Civil Veterinary Department. United Provinces 1912-22 - 1912-1922
Year: 1912
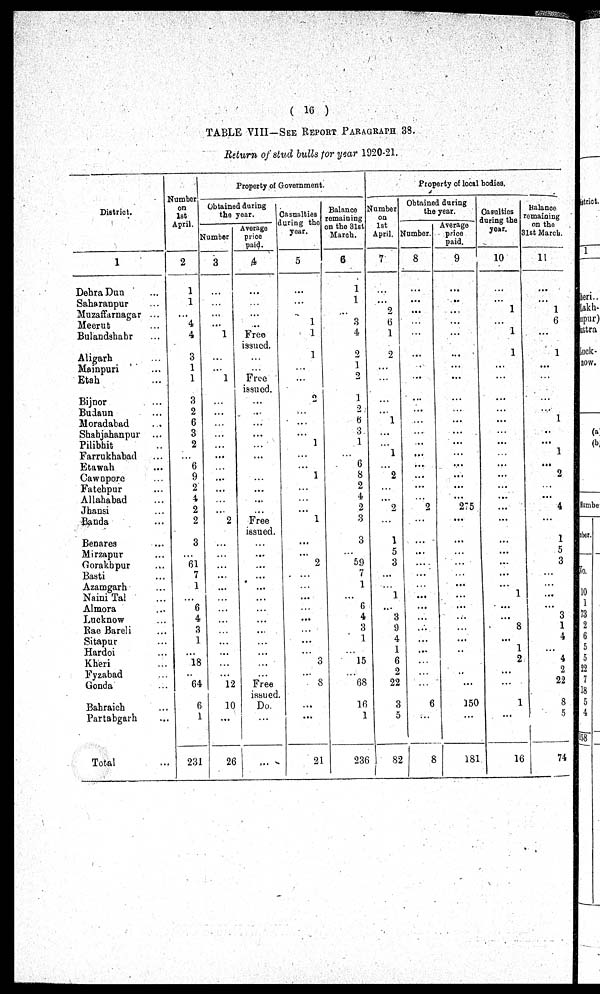
(16)
TABLE VIII––SEE REPORT, PARAGRAPHS 33.
Return of stud bulls for year 1920-21.
District.
1
Dehra
Dun
...
Saharanpur ...
Muzaffarnagar ...
Meerut
...
Bulandshahr
...
Aligarh
...
Mainpuri
...
Etah
...
Bijnor ...
Budaun ...
Moradabad
..
Shahjahanpur ...
Pilibhit ..
Farrukhabad ...
Etawah ...
Cawnpore ...
Fatehpur ...
Allahabad
Jhansi ...
Banda ...
Benares ...
Mirzapur ...
Gorakhpur ...
Basti ...
Azamgarh ...
Naini Tal ...
Almora ...
Lucknow ...
Rae Bareli ...
Sitapur ...
Hardoi ...
Kheri ...
Fyzabad ...
Gonda ...
Bahraich ...
Partabgarh ...
Total ...
Number;
on
1st
April.
2
1
1
... 4
4
1
3
1
1
...
3
2
6
3
2
6
9 2
4
2
2
...
3
61
7
1
...
6 4
3
1
18
64
6 1
231
Property of Government
Obtained during
the year.
Number
3
...
...
...
...
1
...
...
...
1
...
...
...
...
...
...
...
...
...
...
......
...
2
...
...
...
...
...
...
...
...
...
...
...
...
...
12
...
10
...
26
Average
price
paid.
,4
...
...
...
..
Free
issued.
...
...
Free
issued.
...
...
...
...
...
...
...
...
...
...
...
Free
issued.
...
...
...
...
...
...
...
...
...
...
...
...
Free
issued.
Do.
...
...
Casualties
during the
year.
5
...
...
...
1 1
...
1
...
...
2
...
......
...
1
...
...
1
...
...
...
1
...
...
...
2
...
...
...
...
...
...
...
...
3
8
...
...
...
21
Balance
remaining
on the 31st
March.
6
1
1
...
3
4
...
2
1
1
...
1
2
...
6
3
1
...
6
8
2
4
2
3
...
3
...
...
59
7
1
1
...
6
4
3
3
i
...
15
68
...
16
1
236
Property of local bodies.
Number
on 1st
April.
7
...
...
2
6
1
2
...
...
...
...
...
1
...
...
1
...
2
...
...
2
...
...
1
5
3
...
...
1
...
3
9
4
1
6
2
22
...
3
5
82
Obtained during
the year.
Number.
8
...
...
...
...
...
...
...
...
...
i
...
...
...
...
...
...
...
...
...
......
...
2
...
...
...
...
...
...
...
...
...
...
...
...
...
...
...
...
6
...
8
Average
price
paid.
9
1
...
... ...
...
...
...
...
...
...
...
...
...
...
...
...
...
...
...
...
275
...
...
...
...
...
...
...
...
...
...
...
...
...
...
...
...
150
...
181
Casultios
during the
10
...
1
...
1
1
1
1
...
...
...
...
...
...
...
...
...
...
...
...
...
...
...
...
...
...
1
...
1
1
...
...
8
1
1
2
...
...
1
...
16
Balance
remaining
on the
1st March.
11
...
1
...
6
...
...
1
...
...
...
...
1
1
..
1
1
...
2
...
...
4
...
...
1
3
6
...
...
...
...
3
1
4
...
4
2
22
...
8
5
74